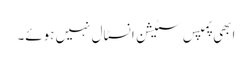
ابھی پمپس سٹیشن انسٹال نہیں ہوئے۔